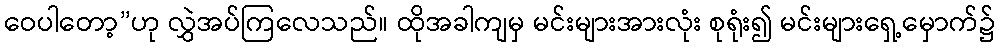
ဝေပါတော့”ဟု လွှဲအပ်ကြလေသည်။ ထိုအခါကျမှ မင်းများအားလုံး စုရုံး၍ မင်းများရှေ့မှောက်၌